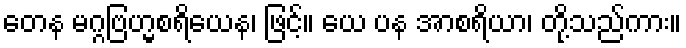
တေန မဂ္ဂဗြဟ္မစရိယေန၊ ဖြင့်။ ယေ ပန အာစရိယာ၊ တို့သည်ကား။